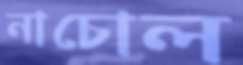
নাচোল